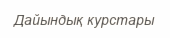
Дайындық курстары